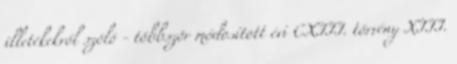
illetékekről szóló - többször módosított évi CXIII. törvény XIII.